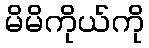
မိမိကိုယ်ကို